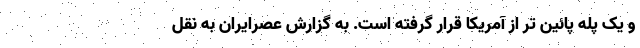
و یک پله پائین تر از آمریکا قرار گرفته است. به گزارش عصرایران به نقل